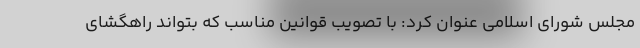
مجلس شوراي اسلامي عنوان كرد: با تصويب قوانين مناسب كه بتواند راهگشاي